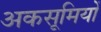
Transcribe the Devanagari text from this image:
अकसूमियों